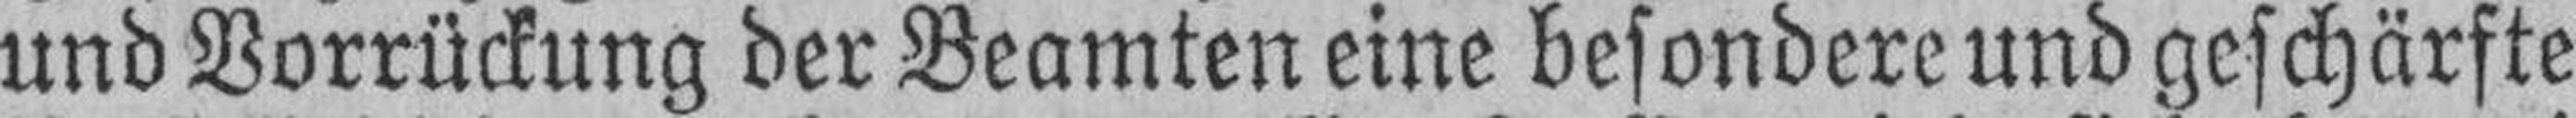
und Vorrückung der Beamten eine besondere und geschärfte